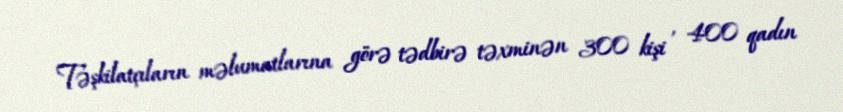
Təşkilatçıların məlumatlarına görə tədbirə təxminən 300 kişi , 400 qadın